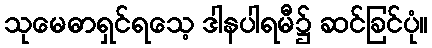
သုမေဓာရှင်ရသေ့ ဒါနပါရမီ၌ ဆင်ခြင်ပုံ။